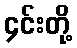
၄င်းတို့